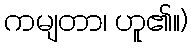
ကမျတာ၊ ဟူ၏။)